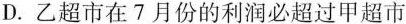
D. 乙超市在7月份的利润必超过甲超市